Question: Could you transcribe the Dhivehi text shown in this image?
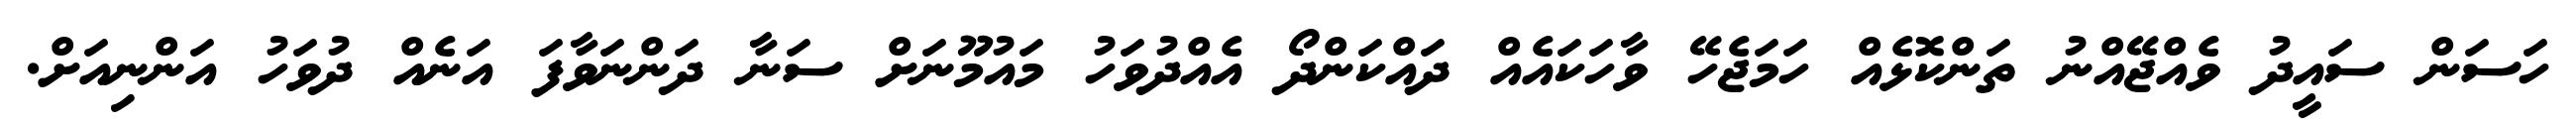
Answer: ހަސަން ސައީދު ވެއްޖޭއްނު ތަންކޮޅެއް ހަމަޖެހޭ ވާހަކައެއް ދައްކަންދޯ އެއްދުވަހު މައުމޫނަށް ސަނާ ދަންނަވާފަ އަނެއް ދުވަހު އަންނިއަށް.